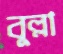
বুল্লা